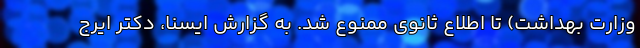
وزارت بهداشت) تا اطلاع ثانوی ممنوع شد. به گزارش ایسنا، دکتر ایرج